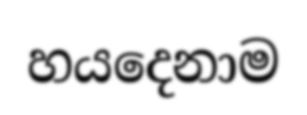
හයදෙනාම